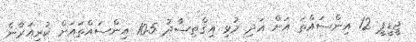
ޖީޑީޕީ 12 އިންސައްތަ އަށް އަދި މުޅި އިޤްތިޞާދު 10.5 އިންސައްތައަށް ކުރިއަރާނެ